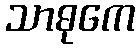
သာဓုကေ